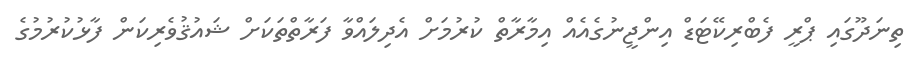
ތިނަދޫގައި ޕްރީ ފެބްރިކޭޓަޑް އިންޖީނުގެއެއް އިމާރާތް ކުރުމަށް އެދިލައްވާ ފަރާތްތަކަށް ޝައުޤުވެރިކަން ފާޅުކުރުމުގެ